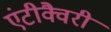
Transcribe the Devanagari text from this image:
एंटीक्वैरी